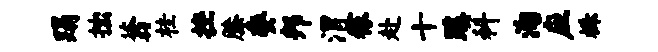
蹋拙蓊桂挫膝委邦渭稼赴十蹊科淘应株